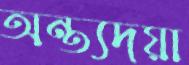
অন্ত্যদয়া